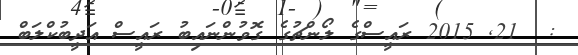
:  21